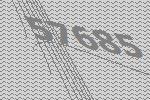
57685